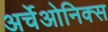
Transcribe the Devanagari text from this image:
अर्चेओनिक्स